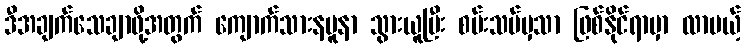
ဒီအချက်သေချာဖို့အတွက် ကျောက်သားနမူနာ သွားယူပြီး စမ်းသပ်မှသာ ဖြစ်နိုင်ရာမှာ လာမယ့်